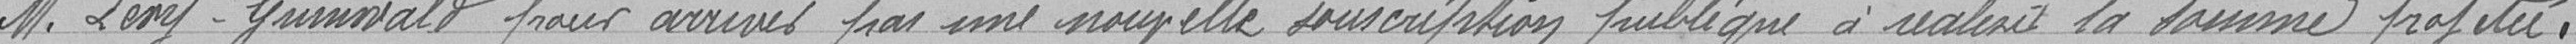
M. Levy Grunnvald pour arriver, par une nouvelle souscription publique, à réaliser la somme projetée.